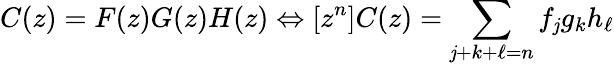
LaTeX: C(z)=F(z)G(z)H(z)\Leftrightarrow[z^{n}]C(z)=\sum_{\mathit{j}+k+\ell=n}f_{\mathit{j}}g_{k}h_{\ell}